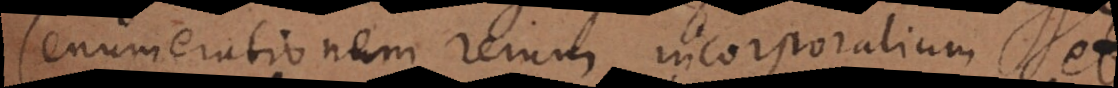
enumerationem rerum incorporalium et